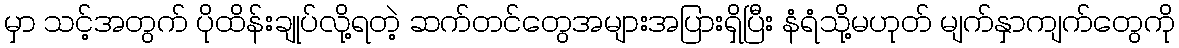
မှာ သင့်အတွက် ပိုထိန်းချုပ်လို့ရတဲ့ ဆက်တင်တွေအများအပြားရှိပြီး နံရံသို့မဟုတ် မျက်နှာကျက်တွေကို